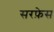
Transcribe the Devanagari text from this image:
सरफ़ेस